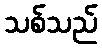
သစ်သည်